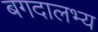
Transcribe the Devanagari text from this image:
बगदालभ्य